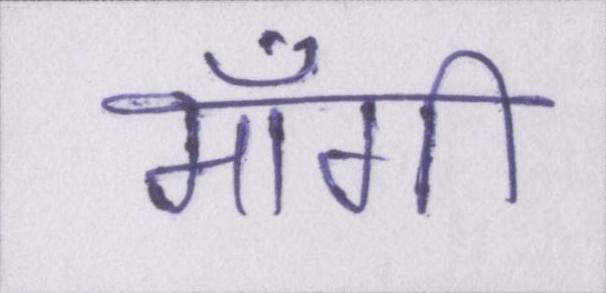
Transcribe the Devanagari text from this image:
माँगी